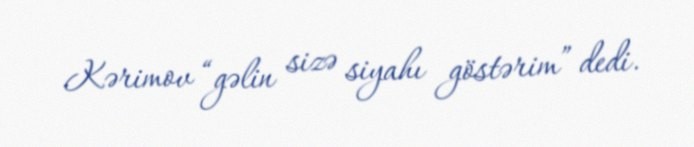
Kərimov “gəlin sizə siyahı göstərim” dedi.